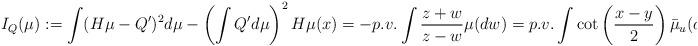
LaTeX: \begin{align*}I_{Q}(\mu):=\int(H\mu-Q')^{2}d\mu-\left(\int Q'd\mu\right)^{2} H\mu(x)=-p.v. \int \frac{z+w}{z-w}\mu(dw)=p.v.\int \cot\left(\frac{x-y}{2}\right)\bar{\mu}_{u}(dy)\end{align*}